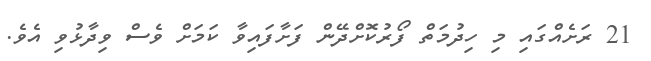
21 ރަށެއްގައި މި ހިދުމަތް ފޯރުކޮށްދޭން ފަށާފައިވާ ކަމަށް ވެސް ވިދާޅުވި އެވެ.